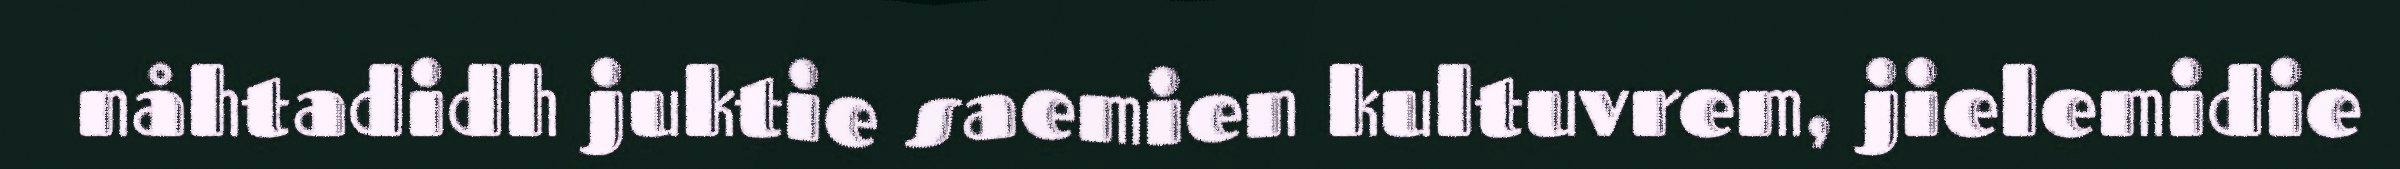
nåhtadidh juktie saemien kultuvrem, jielemidie